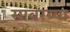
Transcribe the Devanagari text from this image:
सावरय्या